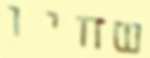
שחיו